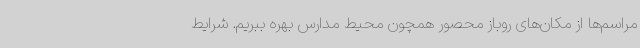
مراسم‌ها از مکان‌های روباز محصور همچون محیط مدارس بهره ببریم. شرایط